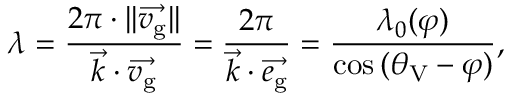
\lambda = \frac { 2 \pi \cdot | | \overrightarrow { v _ { \mathrm { g } } } | | } { \overrightarrow { k } \cdot \overrightarrow { v _ { \mathrm { g } } } } = \frac { 2 \pi } { \overrightarrow { k } \cdot \overrightarrow { e _ { \mathrm { g } } } } = \frac { \lambda _ { 0 } ( \varphi ) } { \cos { ( \theta _ { \mathrm { V } } - \varphi ) } } ,